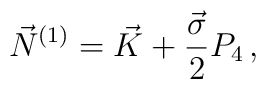
\vec{N}^{(1)}=\vec{K}+\frac{\vec{\sigma}}{2}P_{4}\,,